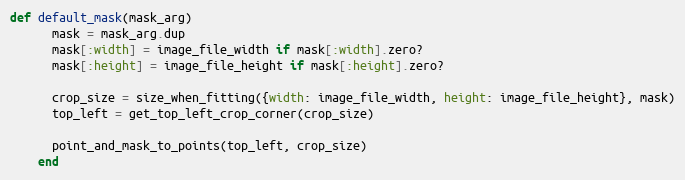
Language: Ruby
def default_mask(mask_arg)
      mask = mask_arg.dup
      mask[:width] = image_file_width if mask[:width].zero?
      mask[:height] = image_file_height if mask[:height].zero?

      crop_size = size_when_fitting({width: image_file_width, height: image_file_height}, mask)
      top_left = get_top_left_crop_corner(crop_size)

      point_and_mask_to_points(top_left, crop_size)
    end